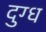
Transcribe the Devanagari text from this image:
दुग्‍ध